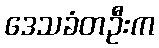
ဒေသခံတဦးက